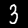
Digit: 3